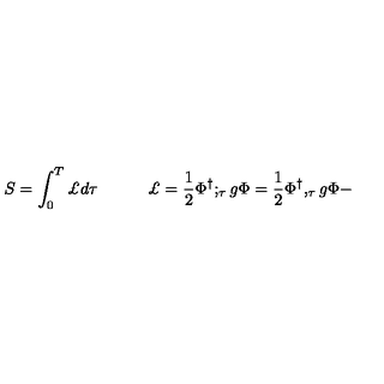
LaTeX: S = \int _ { 0 } ^ { T } \pounds d \tau \quad \quad \quad \pounds = \frac { 1 } { 2 } \Phi ^ { \dagger } ; _ { \tau } g \Phi = \frac { 1 } { 2 } \Phi ^ { \dagger } , _ { \tau } g \Phi -